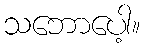
သဘောပေါ့။